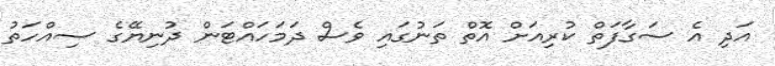
އަދި އެ ސަގާފަތް ކުރިއަށް އޮތް ތަނުގައި ވެސް ދަމަހައްޓަން ދުނިޔޭގެ ސިއްހަތު